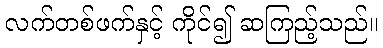
လက်တစ်ဖက်နှင့် ကိုင်၍ ဆကြည့်သည်။